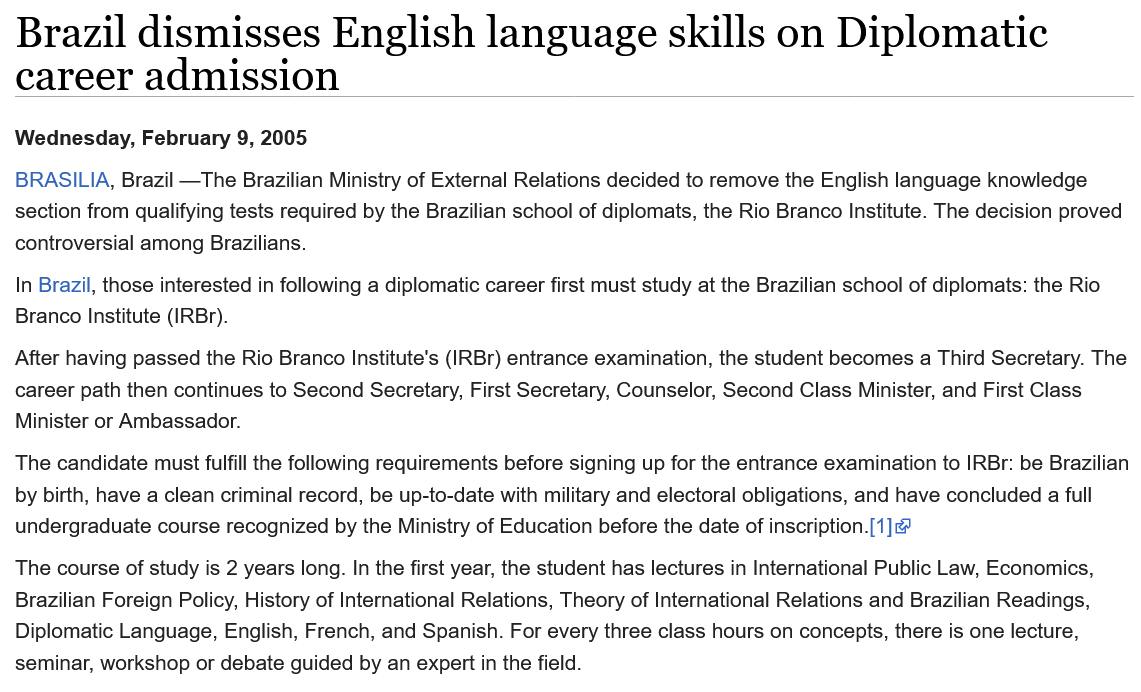
The course of study is 2 years long. In the first year, the student has lectures in International Public Law, Economics,
  Brazilian Foreign Policy, History of International Relations, Theory of International Relations and Brazilian Readings,
  Diplomatic Language, English, French, and Spanish. For every three class hours on concepts, there is one lecture,
  seminar, workshop or debate guided by an expert in the field.
  The candidate must fulfill the following requirements before signing up for the entrance examination to IRBr: be Brazilian
  by birth, have a clean criminal record, be up-to-date with military and electoral obligations, and have concluded a full
  undergraduate course recognized by the Ministry of Education before the date of inscription.[1]@
  After having passed the Rio Branco Institute's (IRBr) entrance examination, the student becomes a Third Secretary. The
  career path then continues to Second Secretary, First Secretary, Counselor, Second Class Minister, and First Class
  Minister or Ambassador.
  In Brazil, those interested in following a diplomatic career first must study at the Brazilian school of diplomats: the Rio
  Branco Institute (IRBr).
  BRASILIA,  Brazil —The Brazilian Ministry of External Relations decided to remove the English language knowledge
  section from qualifying tests required by the Brazilian school of diplomats, the Rio Branco Institute. The decision proved
  controversial among Brazilians.
  Wednesday, February   9, 2005
  Brazil    dismisses    English    language    skills    on    Diplomatic
  career    admission